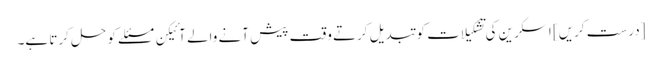
[درست کریں] اسکرین کی تشکیلات کو تبدیل کرتے وقت پیش آنے والے آئیکن مسئلے کو حل کرتا ہے۔